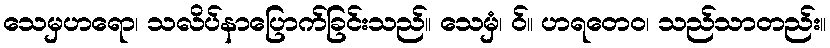
သေမှဟရော၊ သလိပ်နာပြောက်ခြင်းသည်။ သေမှံ၊ ဝ်။ ဟရတေဝ၊ သည်သာတည်း။